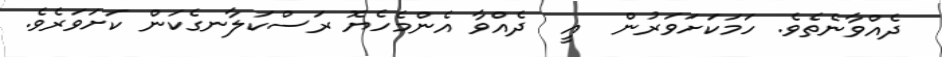
ދެއްވާނެތެވެ. ހަމަކަށަވަރުން  އީ  ދެއްވާ އެންމެހެޔޮ ރަސްކަލާނގެކަން ކަށަވަރެވެ.